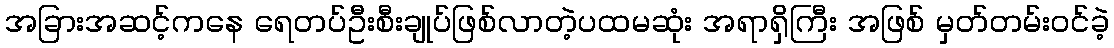
အခြားအဆင့်ကနေ ရေတပ်ဦးစီးချုပ်ဖြစ်လာတဲ့ပထမဆုံး အရာရှိကြီး အဖြစ် မှတ်တမ်းဝင်ခဲ့